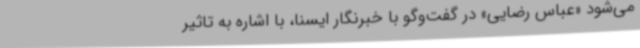
می‌شود «عباس رضایی» در گفت‌وگو با خبرنگار ایسنا، با اشاره به تاثیر